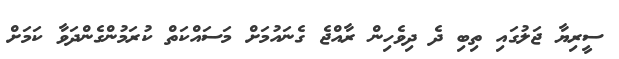
ސީރިޔާ ޖަލުގައި ތިބި ދެ ދިވެހިން ރާއްޖެ ގެނައުމަށް މަސައްކަތް ކުރަމުންގެންދަވާ ކަމަށް